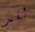
لقد